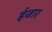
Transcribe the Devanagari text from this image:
ईजार